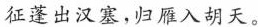
征蓬出汉塞，归雁入胡天。